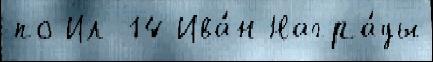
по Ил-14 Ива́н Награ́ды